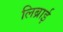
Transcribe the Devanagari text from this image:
लिब्राई